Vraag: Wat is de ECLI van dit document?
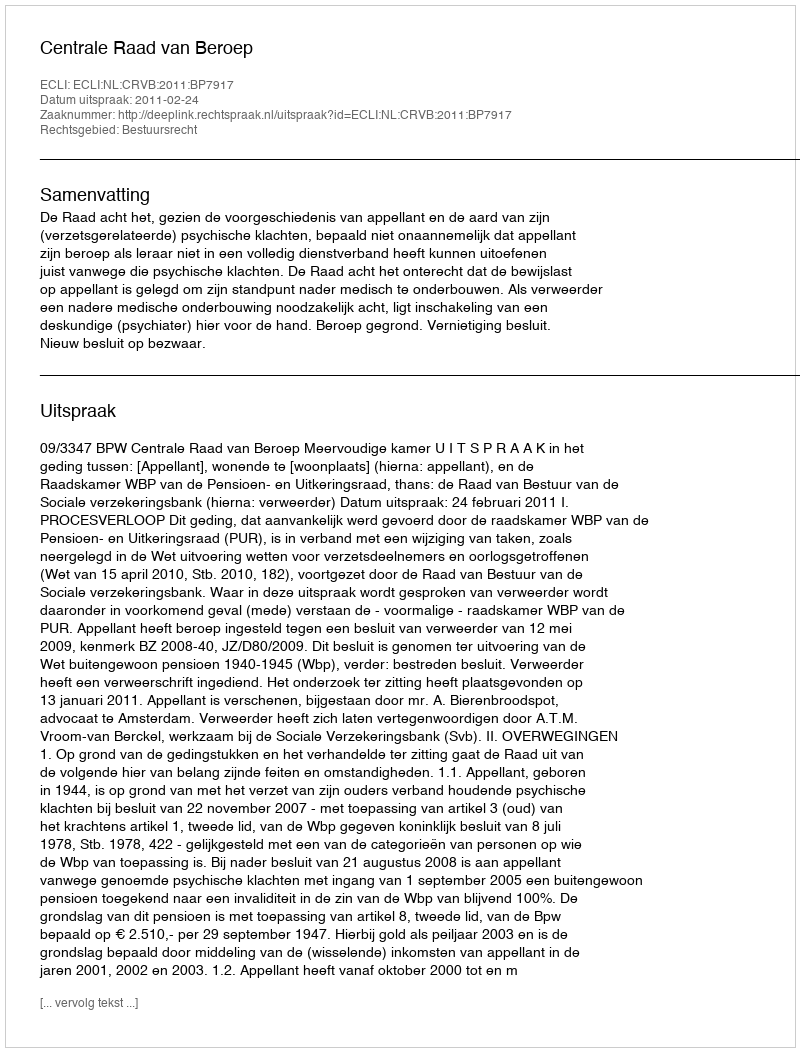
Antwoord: ECLI:NL:CRVB:2011:BP7917